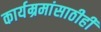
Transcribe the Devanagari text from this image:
कार्यम्रमांसाठीही